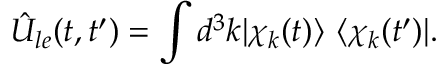
\hat { U } _ { l e } ( t , t ^ { \prime } ) = \int d ^ { 3 } \boldsymbol { k } | \chi _ { \boldsymbol { k } } ( t ) \rangle \ \langle \chi _ { \boldsymbol { k } } ( t ^ { \prime } ) | .